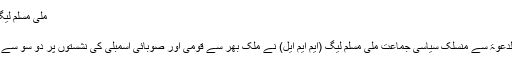
ملی مسلم لیگ نے منشور کا اعلان کر دیا ، انتخابی نشان
08:39 PM, 11 Jun, 2018
اسلام آباد:پاکستان میں کالعدم تنظیم جماعت الدعوۃ سے منسلک سیاسی جماعت ملی مسلم لیگ (ایم ایم ایل) نے ملک بھر سے قومی اور صوبائی اسمبلی کی نشستوں پر دو سو سے زائد امیدوار کھڑے کرنے کا اعلان کیا ہے۔